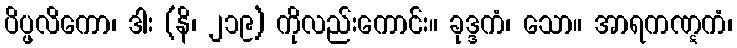
ပိပ္ဖလိကော၊ ဒါး (နိ၊ ၂၁၉) ကိုလည်းကောင်း။ ခုဒ္ဒကံ၊ သော။ အာရကဏ္ဋကံ၊